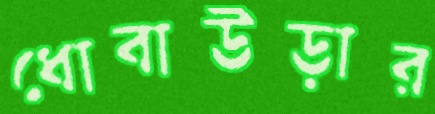
ধোবাউড়ার